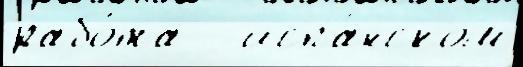
рабо́та   испа́нском